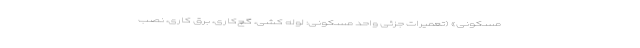
مسکونی» (تعمیرات جزئی واحد مسکونی: لوله کشی، گچ‌کاری، برق کاری، نصب